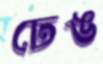
ঢেঙ